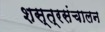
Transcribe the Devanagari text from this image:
शस्त्रसंचालन